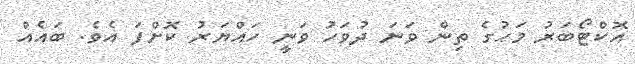
އޮކްޓޯބަރު މަހުގެ ތިން ވަނަ ދުވަހު ވަނީ ހައްޔަރު ކޮށްފަ އެވެ. ބައެއް